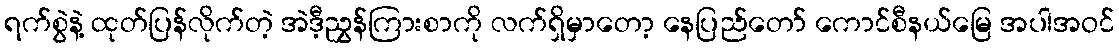
ရက်စွဲနဲ့ ထုတ်ပြန်လိုက်တဲ့ အဲဒီ့ညွှန်ကြားစာကို လက်ရှိမှာတော့ နေပြည်တော် ကောင်စီနယ်မြေ အပါအဝင်